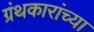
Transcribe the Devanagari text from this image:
ग्रंथकारांच्या